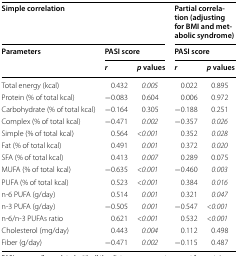
| <COLSPAN=3> Simple correlation | <COLSPAN=2> Partial correlation (adjusting for BMI and metabolic syndrome) |
 | <ROWSPAN=2> Parameters | <COLSPAN=2> PASI score | <COLSPAN=2> PASI score |
 | r | p values | r | p values |
 | --- | --- | --- | --- | --- |
 | Total energy (kcal) | 0.432 | 0.005 | 0.022 | 0.895 |
 | Protein (% of total kcal) | −0.083 | 0.604 | 0.006 | 0.972 |
 | Carbohydrate (% of total kcal) | −0.164 | 0.305 | −0.188 | 0.251 |
 | Complex (% of total kcal) | −0.471 | 0.002 | −0.357 | 0.026 |
 | Simple (% of total kcal) | 0.564 | <0.001 | 0.352 | 0.028 |
 | Fat (% of total kcal) | 0.491 | 0.001 | 0.372 | 0.020 |
 | SFA (% of total kcal) | 0.413 | 0.007 | 0.289 | 0.075 |
 | MUFA (% of total kcal) | −0.635 | <0.001 | −0.460 | 0.003 |
 | PUFA (% of total kcal) | 0.523 | <0.001 | 0.384 | 0.016 |
 | n-6 PUFA (g/day) | 0.514 | 0.001 | 0.321 | 0.047 |
 | n-3 PUFA (g/day) | −0.505 | 0.001 | −0.547 | <0.001 |
 | n-6/n-3 PUFAs ratio | 0.621 | <0.001 | 0.532 | <0.001 |
 | Cholesterol (mg/day) | 0.443 | 0.004 | 0.112 | 0.498 |
 | Fiber (g/day) | −0.471 | 0.002 | −0.115 | 0.487 |